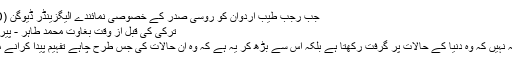
جب رجب طیب اردوان کو روسی صدر کے خصوصی نمائندے الیگزینڈر ڈیوگِن (Aleksandar D...
ترکی کی قبل از وقت بغاوت محمد طاہر - پیر 25 جولائی 2016
امریکا کی کامیابی یہ نہیں کہ وہ دنیا کے حالات پر گرفت رکھتا ہے بلکہ اس سے بڑھ کر یہ ہے کہ وہ ان حالات کی جس طرح چاہے تفہیم پیدا کرانے میں کامیاب رہتا ہے۔